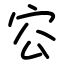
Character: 㝐